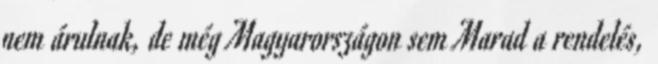
nem árulnak, de még Magyarországon sem Marad a rendelés,